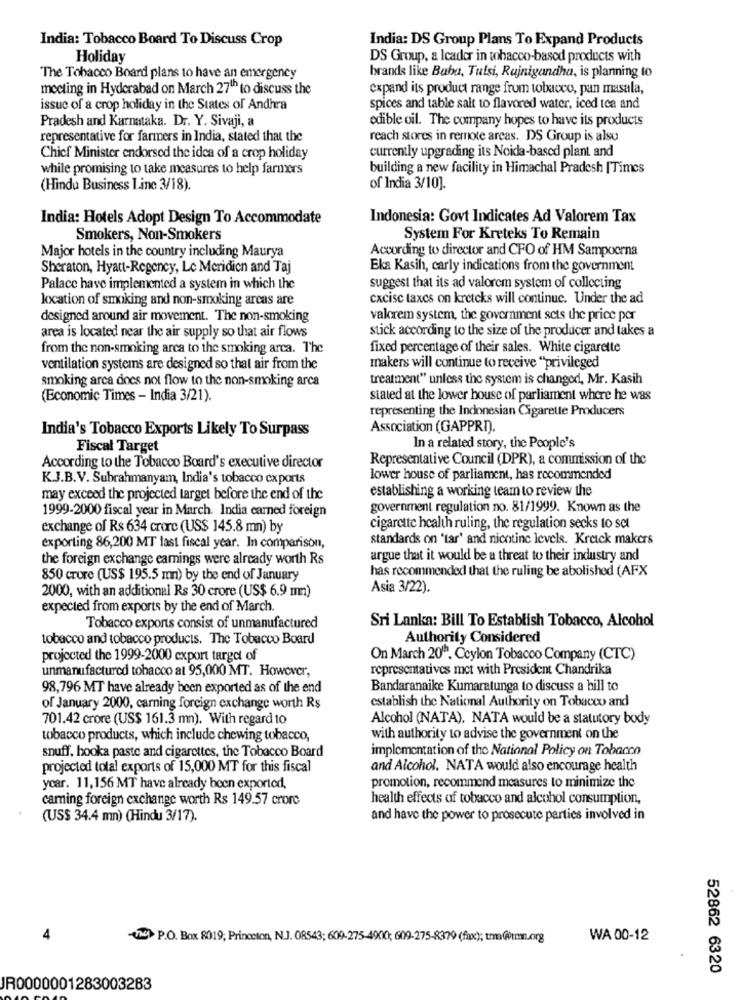
India: Tobacco Board To Discuss Crop
India: DS Group Plans To Expand Products
Holiday
DS Group, a Icador in tobacco-based products with
The Tobacco Board plans to have an emergency
brands like Baba, Tulsi, Rajnigandha, is planning to
meeting in Hyderabad on March 27th to discuss the
expand its product range from tobacco, pan masala,
issue of a crop holiday in the States of Andhra
spices and table salt to flavored water, iced tea and
Pradesh and Karnataka. Dr. Y. Sivaji, a
edible oil. The company hopes to have its products
representative for farmers in India, stated that the
reach stores in remote arcas. DS Group is also
currently upgrading its Noidla-based plant and
Chief Minister endorsed the idea of a crop holiday
while promising to take measures to help farmers
building a new facility in Himachal Pradesh [Times
(Hindu Business Line 3/18).
of India 3/10].
India: Hotels Adopt Design To Accommodate
Indonesia: Govt Indicates Ad Valorem Tax
Smokers, Non-Smokers
System For Kreteks To Remain
Major hotels in the country including Maurya
According to director and CFO of HM Sampocrna
Sheraton, Hyatt-Regency, Le Meridien and Taj
Eka Kasih, carly indications from the government
Palace have implemented a system in which the
suggest that its ad valorem system of collecting
location of smoking and non-smoking areas are
cxcisc taxes on kretcks will continue. Under the ad
designed around air movement. The non-smoking
valorem system, the government sets the price per
stick according to the size of the producer and takes a
area is located near the air supply so that air flows
from the non-smoking area to the smoking arca. The
fixed percentage of their sales. White cigarette
ventilation systems are designed so that air from the
makers will continue to receive "privileged
smoking area does not flow to the non-smoking arca
treatment" unless the system is changed, Mr. Kasih
(Economic Times - India 3/21).
stated at the lower house of parliament where he was
representing the Indonesian Cigarette Producers
India's Tobacco Exports Likely To Surpass
Association (GAPPRI).
Fiscal Target
In a related story, the People's
Representative Council (DPR), a commission of the
According to the Tobacco Board's executive director
K.J.B.V. Subrahmanyam, India's tobacco cxports
lower house of parliament, has recommended
establishing a working team to review the
may exceed the projected target before the end of the
1999-2000 fiscal year in March. India earned foreign
government regulation no. 81/1999. Known as the
exchange of Rs 634 crore (US$ 145.8 mn) by
cigarette health ruling, the regulation secks to set
standards on 'tar' and nicotine levels. Kreick makers
exporting 86,200 MT last fiscal year. In comparison,
the foreign exchange earnings were already worth Rs
argue that it would be a threat to their industry and
has recommended that the ruling be abolished (AFX
850 crore (US$ 195.5 mn) by the end of January
Asia 3/22).
2000, with an additional Rs 30 crore (US$ 6.9 mm)
expected from exports by the end of March.
Sri Lanka: Bill To Establish Tobacco, Alcohol
Tobacco exports consist of unmanufactured
tobacco and tobacco products. The Tobacco Board
Authority Considered
projected the 1999-2000 export target of
On March 20h. Ccylon Tobacco Company (CTC)
unmanufactured tobacco at 95,000 MT. However,
representatives met with President Chandrika
98,796 MT have already been exported as of the end
Bandaranaike Kumaratunga to discuss a hill to
establish the National Authority on Tobacco and
of January 2000, carning foreign exchange worth Rs
701.42 crore (US$ 161.3 mn). With regard 10
Alcohol (NATA). NATA would be a statutory body
tobacco products, which include chewing tobacco,
with authority to advise the government on the
snuff, hooka paste and cigarettes, the Tobacco Board
implementation of the National Policy on Tobacco
projected total exports of 15,000 MT for this fiscal
and Alcohol. NATA would also encourage health
year. 11,156 MT have already been exported,
promotion, recommend measures to minimize the
caring foreign exchange worth Rs 149.57 crore
health effects of tobacco and alcohol consumption,
(US$ 34.4 mn) (Hindu 3/17).
and have the power to prosecute parties involved in
4
-mg P.O. Box 8019; Princeton, N.J. 08543; 609-275-4900; 609-275-8379 (fax); tam@tmn.org
WA 00-12
52862 6320
JR0000001283003283